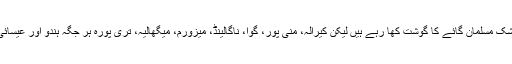
ہندوستان میں بنگال میں تو بیشک مسلمان گائے کا گوشت کھا رہے ہیں لیکن کیرالہ، منی پور، گوا، ناگالینڈ، میزورم، میگھالیہ، تری پورہ ہر جگہ ہندو اور عیسائی گائے کا گوشت کھاتے ہیں۔